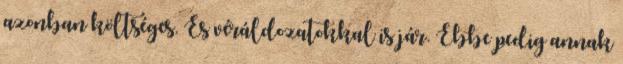
azonban költséges. És véráldozatokkal is jár. Ebbe pedig annak